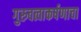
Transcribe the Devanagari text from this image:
गुरुवत्वाकर्षणाचा